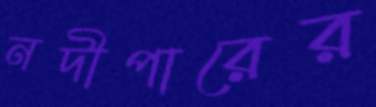
নদীপারের